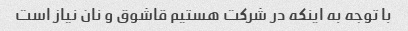
با توجه به اینکه در شرکت هستیم قاشوق و نان نیاز است